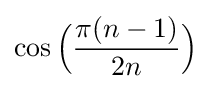
\cos {\Bigl (}{\frac {\pi (n-1)}{2n}}{\Bigl )}